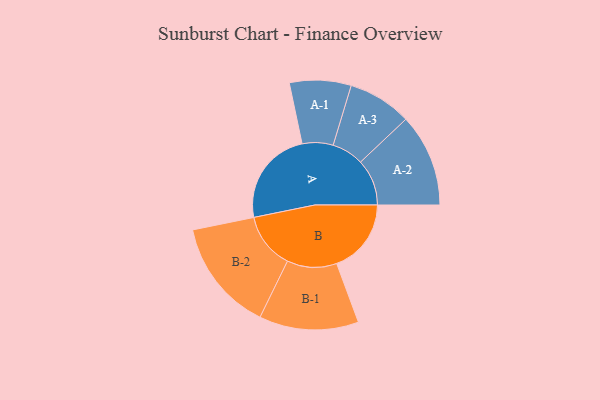
{"axis": {"x": "Segment", "y": "Value"}, "legend": ["", "A", "B"], "data": [{"x": "A", "y": 436, "type": ""}, {"x": "B", "y": 339, "type": ""}, {"x": "A-1", "y": 140, "type": "A"}, {"x": "A-2", "y": 211, "type": "A"}, {"x": "A-3", "y": 145, "type": "A"}, {"x": "B-1", "y": 226, "type": "B"}, {"x": "B-2", "y": 255, "type": "B"}]}